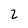
Character: 2